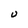
Character: U